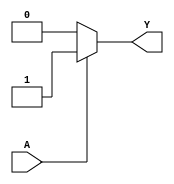
module single_variable_kmap (
    input wire A, // Single input variable
    output wire Y // Output variable
);

// Define parameters for the K-map values
parameter Y0 = 0; // Output when A = 0
parameter Y1 = 1; // Output when A = 1

// Combinational logic to determine output Y based on input A
assign Y = (A == 1) ? Y1 : Y0;

endmodule